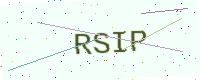
Text: RSIP